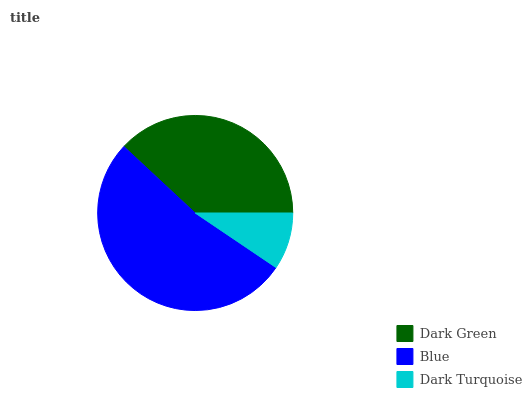
| Dark Green | Blue | Dark Turquoise |
 | --- | --- | --- |
 | 38% | 52.5% | 9.45% |